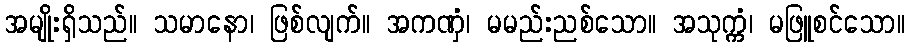
အမျိုးရှိသည်။ သမာနော၊ ဖြစ်လျက်။ အကဏှံ၊ မမည်းညစ်သော။ အသုက္ကံ၊ မဖြူစင်သော။